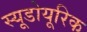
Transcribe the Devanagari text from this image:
स्यूडोयूरिक